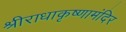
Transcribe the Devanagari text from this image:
श्रीराधाकृष्णामंदिर